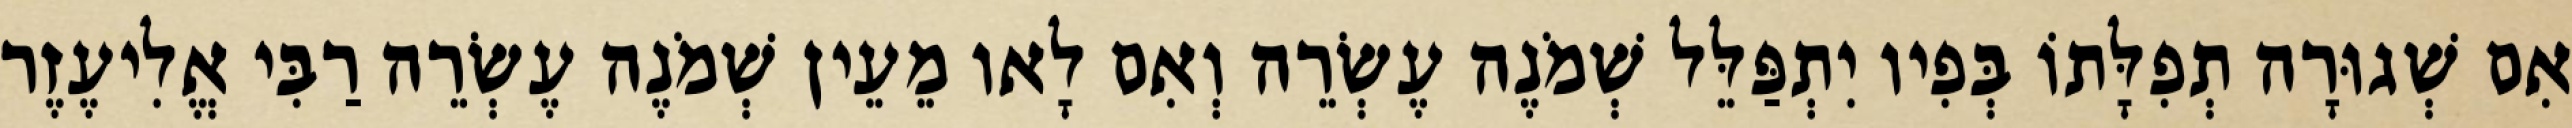
אִם שְׁגוּרָה תְפִלָּתוֹ בְּפִיו יִתְפַּלֵּל שְׁמֹנֶה עֶשְׂרֵה וְאִם לָאו מֵעֵין שְׁמֹנֶה עֶשְׂרֵה רַבִּי אֱלִיעֶזֶר